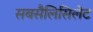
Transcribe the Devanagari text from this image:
सबसैलिसिलेट